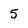
Character: 5